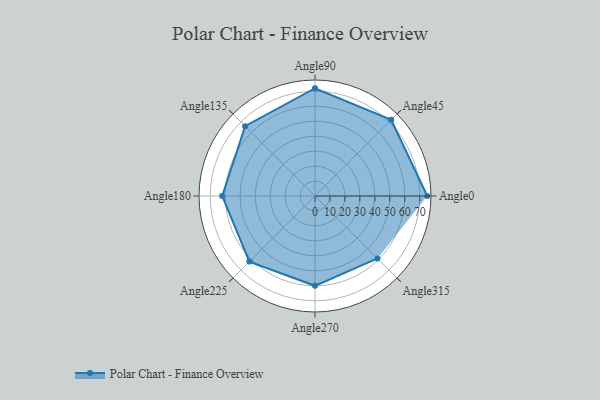
{"axis": {"x": "Angle", "y": "Radius"}, "legend": [""], "data": [{"x": "Angle0", "y": 75.0, "type": ""}, {"x": "Angle45", "y": 72.0, "type": ""}, {"x": "Angle90", "y": 72.0, "type": ""}, {"x": "Angle135", "y": 66.0, "type": ""}, {"x": "Angle180", "y": 62.0, "type": ""}, {"x": "Angle225", "y": 62.0, "type": ""}, {"x": "Angle270", "y": 60.0, "type": ""}, {"x": "Angle315", "y": 59.0, "type": ""}]}